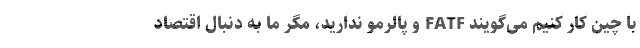
با چین کار کنیم می‌گویند FATF و پالرمو ندارید، مگر ما به دنبال اقتصاد